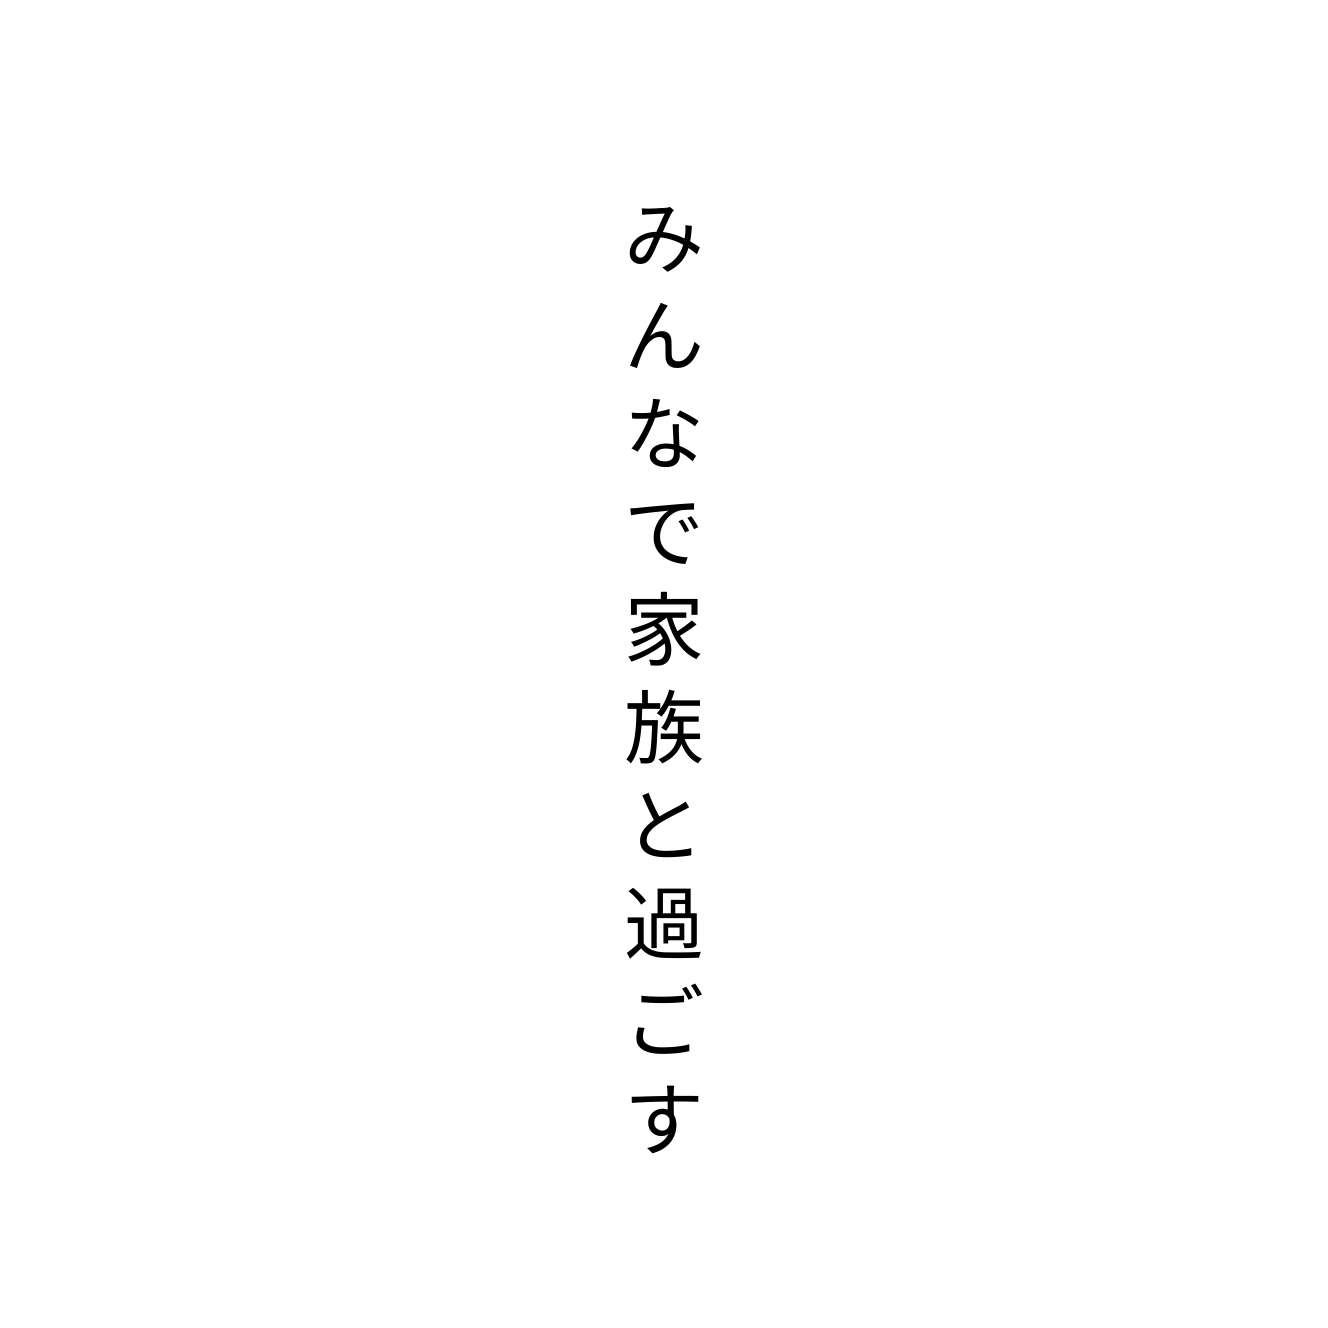
みんなで家族と過ごす